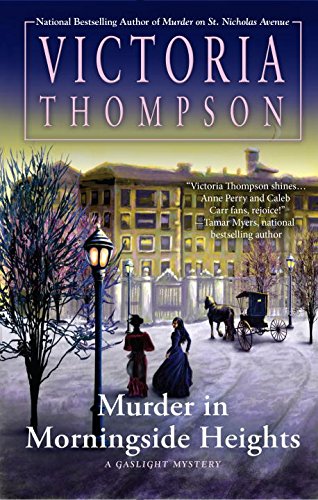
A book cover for Murder in Morningside Heights: A Gaslight Mystery; Victoria Thompson; Mystery, Thriller & Suspense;